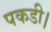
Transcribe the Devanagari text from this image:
पकडी।